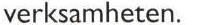
verksamheten